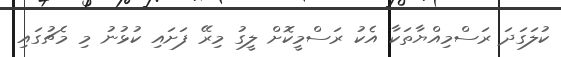
ކުލަގަދަ ރަސްމިއްޔާތަކާ އެކު ރަސްމީކޮށް ލީގު މިރޭ ފަށައި ކުޅުނު މި މެޗުގައި